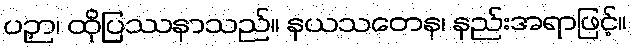
ပဉှာ၊ ထိုပြဿနာသည်။ နယသတေန၊ နည်းအရာဖြင့်။